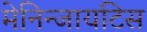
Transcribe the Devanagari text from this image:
मेनिन्जायटिस